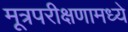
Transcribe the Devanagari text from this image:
मूत्रपरीक्षणामध्ये